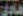
هاجر